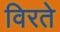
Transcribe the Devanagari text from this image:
विरते